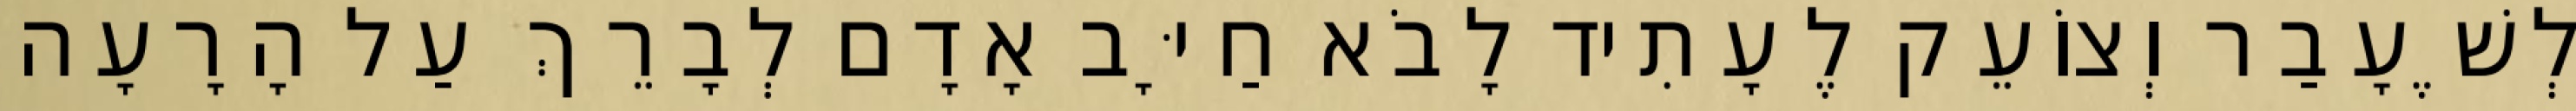
לְשֶׁעָבַר וְצוֹעֵק לֶעָתִיד לָבֹא חַיָּב אָדָם לְבָרֵךְ עַל הָרָעָה